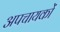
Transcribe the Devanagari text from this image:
अपचायकों